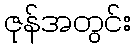
ဇုန်အတွင်း